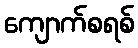
ကျောက်စရစ်